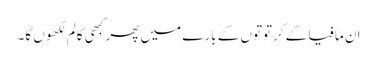
ان مافیا کے کرتوتوں کے بارے میں پھر کبھی کالم لکھوں گا۔